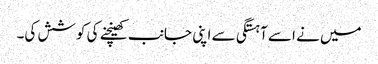
میں نے اسے آہستگی سے اپنی جانب کھینچنے کی کوشش کی۔